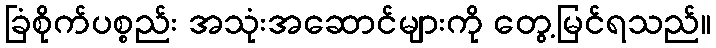
ခြံစိုက်ပစ္စည်း အသုံးအဆောင်များကို တွေ့မြင်ရသည်။